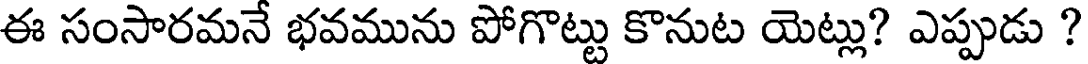
ఈ సంసారమనే భవమును పోగొట్టు కొనుట యెట్లు? ఎప్పుడు ?